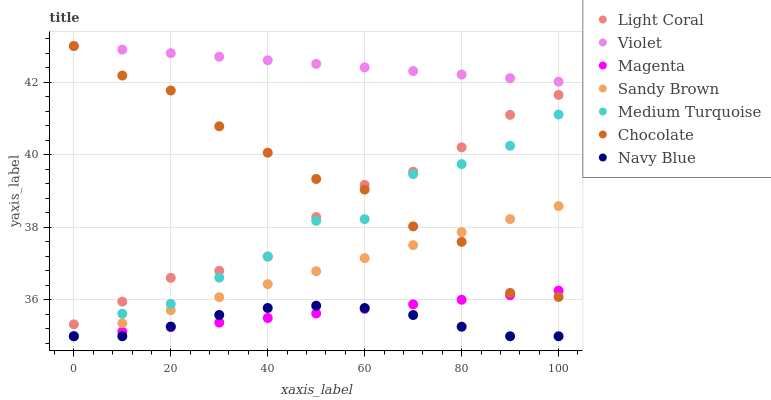
| xaxis_label | Light Coral | Violet | Magenta | Sandy Brown | Medium Turquoise | Chocolate | Navy Blue |
 | --- | --- | --- | --- | --- | --- | --- | --- |
 | 0 | 35.3 | 43 | 35 | 35 | 35 | 43 | 35 |
 | 10 | 36 | 42.9 | 35.1 | 35.4 | 35.6 | 42.2 | 35 |
 | 20 | 36.6 | 42.8 | 35.3 | 35.7 | 35.9 | 41.8 | 35.3 |
 | 30 | 36.8 | 42.7 | 35.4 | 36.1 | 36.6 | 40.8 | 35.6 |
 | 40 | 37.2 | 42.6 | 35.5 | 36.4 | 37.2 | 40.1 | 35.8 |
 | 50 | 38.3 | 42.5 | 35.6 | 36.8 | 38.2 | 39.3 | 35.8 |
 | 60 | 39.2 | 42.4 | 35.8 | 37.2 | 38.2 | 39 | 35.8 |
 | 70 | 39.5 | 42.3 | 35.9 | 37.5 | 39.5 | 38 | 35.6 |
 | 80 | 40.2 | 42.2 | 36 | 37.9 | 39.7 | 37.6 | 35.3 |
 | 90 | 41.1 | 42.1 | 36.1 | 38.2 | 40.2 | 36.2 | 35 |
 | 100 | 41.7 | 42 | 36.3 | 38.6 | 41.1 | 36.1 | 35 |